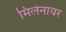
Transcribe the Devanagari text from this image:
मिलेनायर